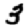
Digit: 3